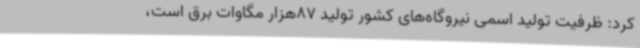
کرد: ظرفیت تولید اسمی نیروگاه‌های کشور تولید 87هزار مگاوات برق است،